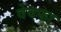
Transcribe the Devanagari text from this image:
वेवफा